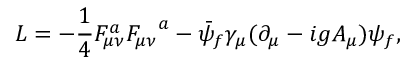
{ \cal L } = - { \frac { 1 } { 4 } } F _ { \mu \nu } ^ { a } { F _ { \mu \nu } } ^ { a } - \bar { \psi } _ { f } \gamma _ { \mu } ( \partial _ { \mu } - i g A _ { \mu } ) \psi _ { f } ,